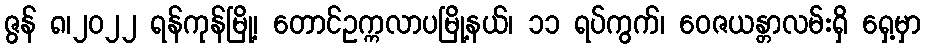
ဇွန် ၈၊၂၀၂၂ ရန်ကုန်မြို့၊ တောင်ဥက္ကလာပမြို့နယ်၊ ၁၁ ရပ်ကွက်၊ ဝေဇယန္တာလမ်းရှိ ရှေ့မှာ